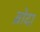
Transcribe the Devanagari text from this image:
ब्रोदा